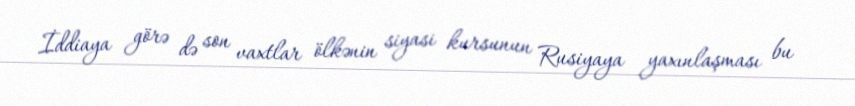
İddiaya görə də son vaxtlar ölkənin siyasi kursunun Rusiyaya yaxınlaşması bu